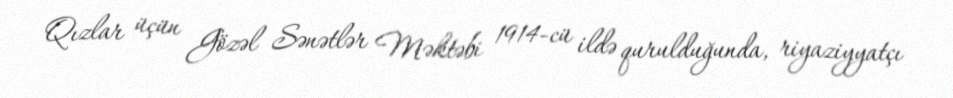
Qızlar üçün Gözəl Sənətlər Məktəbi 1914-cü ildə qurulduğunda, riyaziyyatçı